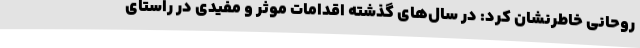
روحانی خاطرنشان کرد: در سال‌های گذشته اقدامات موثر و مفیدی در راستای